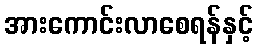
အားကောင်းလာစေရန်နှင့်